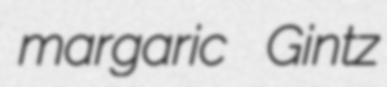
margaric Gintz